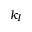
k _ { I }